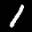
Label: 1